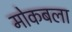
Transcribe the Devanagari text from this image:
मोकबला